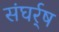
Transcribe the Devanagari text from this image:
संघर्र्ष